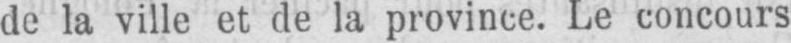
de la ville et de la province. Le concours